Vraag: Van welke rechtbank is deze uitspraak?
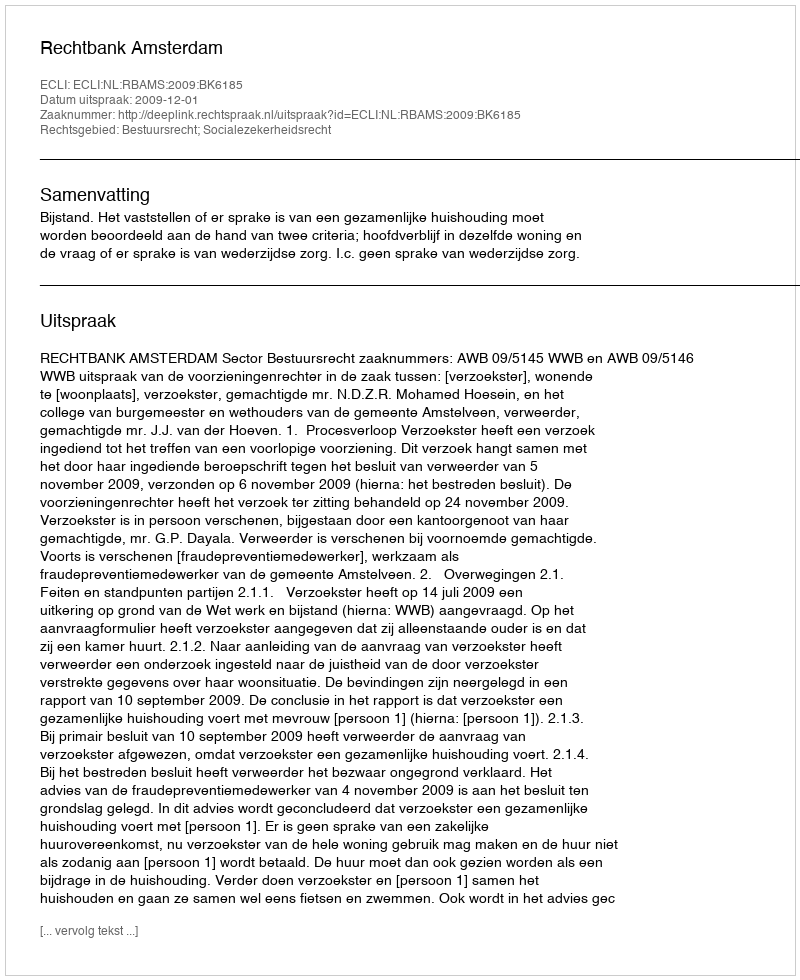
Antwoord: Rechtbank Amsterdam